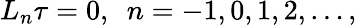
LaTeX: L_{n}\tau=0,\, \, \, n=-1,0,1,2,\dots,